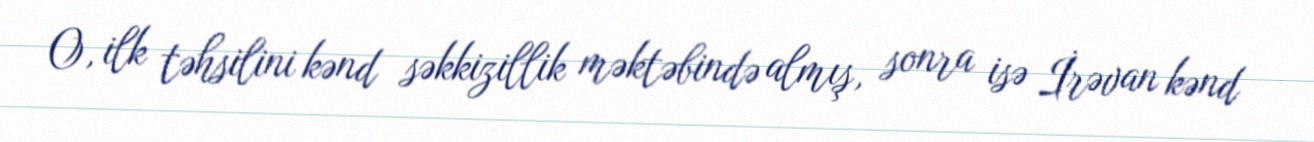
O, ilk təhsilini kənd səkkizillik məktəbində almış, sonra isə İrəvan kənd